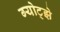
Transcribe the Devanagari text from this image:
ग्योट्झे